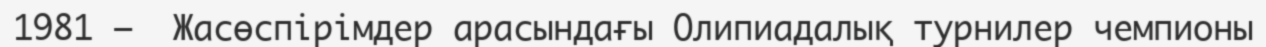
1981 —  Жасөспірімдер арасындағы Олипиадалық турнилер чемпионы